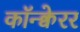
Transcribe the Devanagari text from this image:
कॉन्क्वेरर